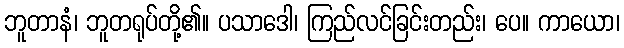
ဘူတာနံ၊ ဘူတရုပ်တို့၏။ ပသာဒေါ၊ ကြည်လင်ခြင်းတည်း၊ ပေ။ ကာယော၊